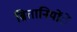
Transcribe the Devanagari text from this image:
ब्रितानियोंें